Annual statistical returns and brief notes on vaccination in Bengal - 1909-1929
Year: 1909
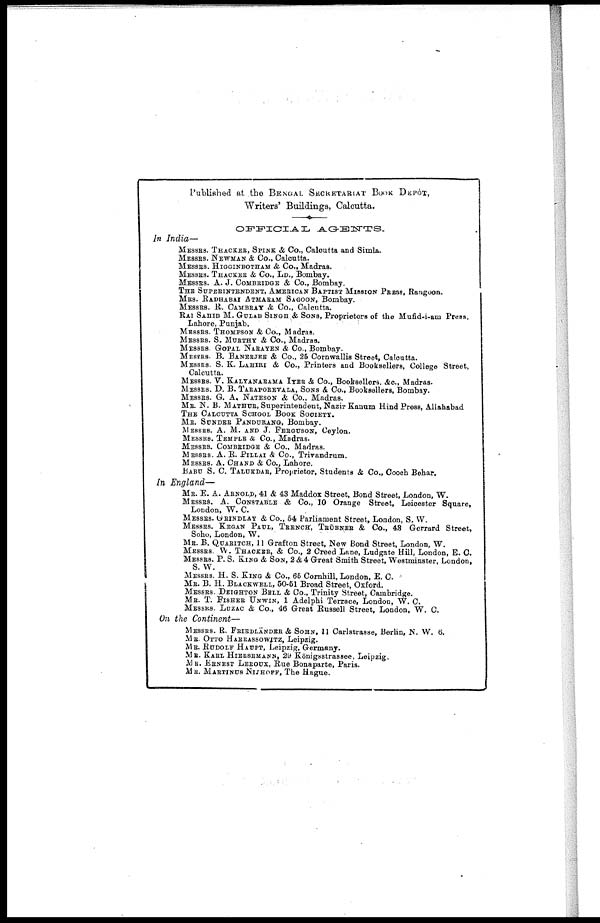
Published at the BENGAL SECRETARIAT BOOK DEPÓT,
Writers' Buildings, Calcutta.
OFFICIAL
AGENTS.
In India—
MESSRS. THACKER, SPINK & Co., Calcutta and Simla.
MESSRS. NEWMAN & Co., Calcutta.
MESSRS. HIGGINBOTHAM & Co., Madras.
MESSRS. THACKER & Co., LD., Bombay.
MESSRS. A. J. COMBRIDGE & Co., Bombay.
THE SUPERINTENDENT, AMERICAN BAPTIST MISSION PRESS, Rangoon.
MRS. RADHABAI ATMARAM SAGOON, Bombay.
MESSRS. R. CAMBRAY & Co., Calcutta.
RAI SAHIB M. GULAB SINGH & SONS, Proprietors of the Mufid-i-am Press.
Lahore, Punjab.
MESSRS. THOMPSON & Co., Madras.
MESSRS. S. MURTHY & Co., Madras.
MESSRS. GOPAL NARAYEN & Co., Bombay.
MESSRS. B. BANERJEE & Co., 25 Cornwallis Street, Calcutta.
MESSRS. S. K. LAHIRI & Co., Printers and Booksellers, College Street,
Calcutta.
MESSRS. V. KALYANARAMA IYER & Co., Booksellers. &c., Madras.
MESSRS. D. B. TARAPOREVALA, SONS & Co., Booksellers, Bombay.
MESSRS. G. A. NATESON & Co., Madras.
MR. N. B. MATHUR, Superintendent, Nazir Kanum Hind Press, Allahabad
THE CALCUTTA SCHOOL BOOK SOCIETY.
MR. SUNDER PANDURANG, Bombay.
MESSRS. A. M. AND J. FERGUSON, Ceylon.
MESSRS. TEMPLE & Co., Madras.
MESSRS.
COMBRIDGE & Co., Madras.
MESSRS. A. R. PILLAI & Co., Trivandrum.
MESSRS. A. CHAND & Co., Lahore.
BABU S. C. TALUKDAR, Proprietor, Students & Co., Cooch Behar.
In England—
MR. E. A. ARNOLD, 41 & 43 Maddox Street, Bond Street, London, W.
MESSRS. A. CONSTABLE & Co., 10 Orange Street, Leicester Square,
London, W. C.
MESSRS. GRINDLAY & Co., 54 Parliament Street, London, S. W.
MESSRS.
KEGAN PAUL, TRENCH, TRÜBNER & Co., 43 Gerrard Street,
Soho, London, W.
MR. B. QUARITCH, 11 Grafton Street, New Bond Street, London, W.
MESSRS. W. THACKER, & Co., 2 Creed Lane, Ludgate Hill, London, E. C.
MESSRS. P. S. KING & SON, 2&4 Great Smith Street, Westminster, London,
S. W.
MESSRS. H. S. KING & Co., 65 Cornhill, London, E. C
MR. B. H. BLACKWELL, 50-51 Broad Street, Oxford.
MESSRS. DEIGHTON BELL & Co., Trinity Street, Cambridge.
MR. T. FISHER UNWIN, 1 Adelphi Terrace, London, W. C.
MESSRS. LUZAC & Co., 46 Great Russell Street, London, W. C.
On the
Continent—
MESSRS. R. FRIENDÄNDER & SOHN, 11 Carlstrasse, Berlin, N. W. 6.
MR. OTTO HARRASSOWITZ, Leipzig.
MR. RUDOLF HAUPT, Leipzig, Germany.
MR. KARL HIERSEMANN, 29 Königsstrassee, Leipzig.
MR. ERNEST LEROUX, Rue Bonaparte, Paris.
MR. MARTINUS NIJOFF, The Hague.